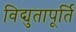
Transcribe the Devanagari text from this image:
विद्युतापूर्ति